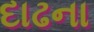
દાઢના